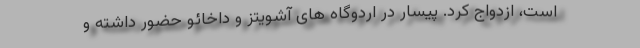
است، ازدواج کرد. پیسار در اردوگاه های آشویتز و داخائو حضور داشته و